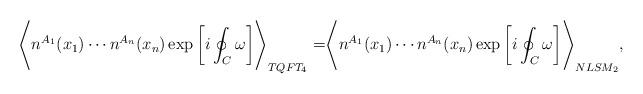
LaTeX: \begin{align*}\Biggr\langle n^{A_1}(x_1) \cdots n^{A_n}(x_n) \exp \left[ i \oint_C \omega \right]\Biggr\rangle_{TQFT_4} = \Biggr\langle n^{A_1}(x_1) \cdots n^{A_n}(x_n) \exp \left[ i \oint_C \omega \right]\Biggr\rangle_{NLSM_2} ,\end{align*}